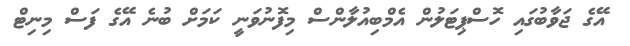
އޭގެ ޖަވާބުގައި ހޮސްޕިޓަލުން އެމްބިއުލާންސް މިފޮނުވަނީ ކަމަށް ބުނެ އޭގެ ފަސް މިނިޓް